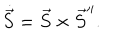
LaTeX: \dot { \vec { S } } = \vec { S } \times \vec { S } ^ { \prime \prime } .